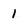
Character: 1